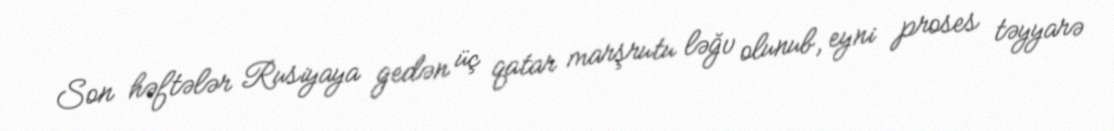
Son həftələr Rusiyaya gedən üç qatar marşrutu ləğv olunub, eyni proses təyyarə